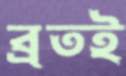
ব্রতই